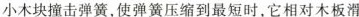
小木块撞击弹簧，使弹簧压缩到最短时，它相对木板滑